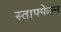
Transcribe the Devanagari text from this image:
स्ताफ्फेल्न